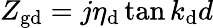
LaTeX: Z_{\mathrm{gd}}=j\eta_{\mathrm{d}}\tan{k_{\mathrm{d}}d}